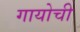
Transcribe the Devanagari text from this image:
गायोची